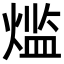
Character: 𬊶